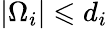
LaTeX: \left|\Omega_{i}\right|\leqslant d_{i}